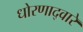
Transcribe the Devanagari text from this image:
धोरणाद्वारे